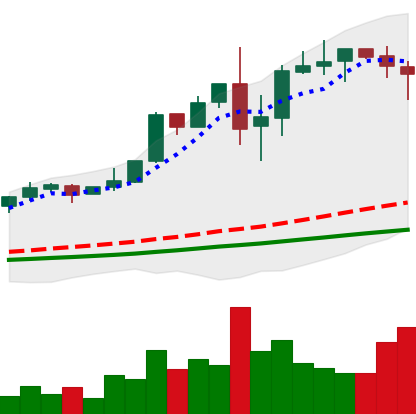
Ticker: LTC-USD
Chart end date: 2017-12-07
Forward return: 221.652%
Label: up_7plus